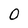
Character: 0